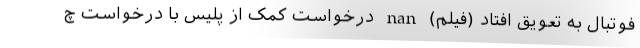
فوتبال به تعویق افتاد (فیلم) nan درخواست کمک از پلیس با درخواست چ